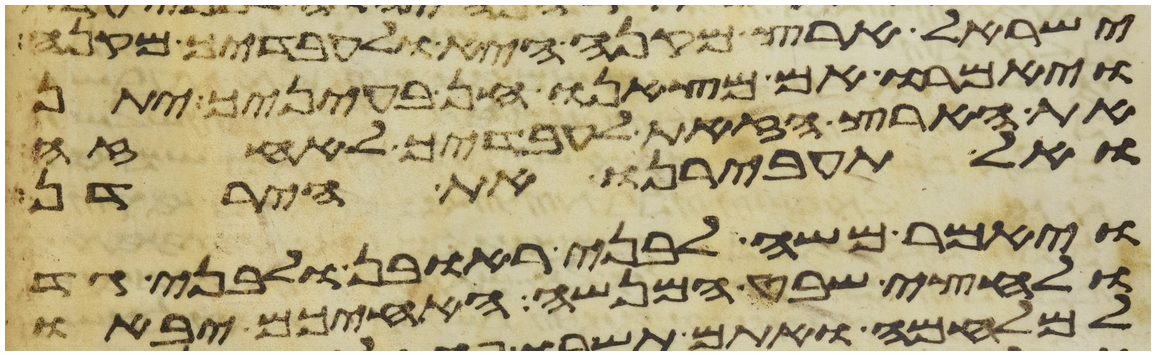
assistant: ישראל ארץ מקנה היא ולעבדיך מקנה
ויאמרו אם מצאנו חן בעיניך יתן
את הארץ הזאת לעבדיך לאחזה
ואל תעבירנו את הירדן
ויאמר משה לבני ראובן ולבני גד
ולחצי שבט המנשה האחיכם יבאו